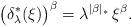
LaTeX: \begin{align*} \big(\delta^*_\lambda(\xi)\big)^\beta=\lambda^{|\beta|_*}\,\xi^\beta.\end{align*}